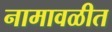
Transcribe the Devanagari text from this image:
नामावळीत